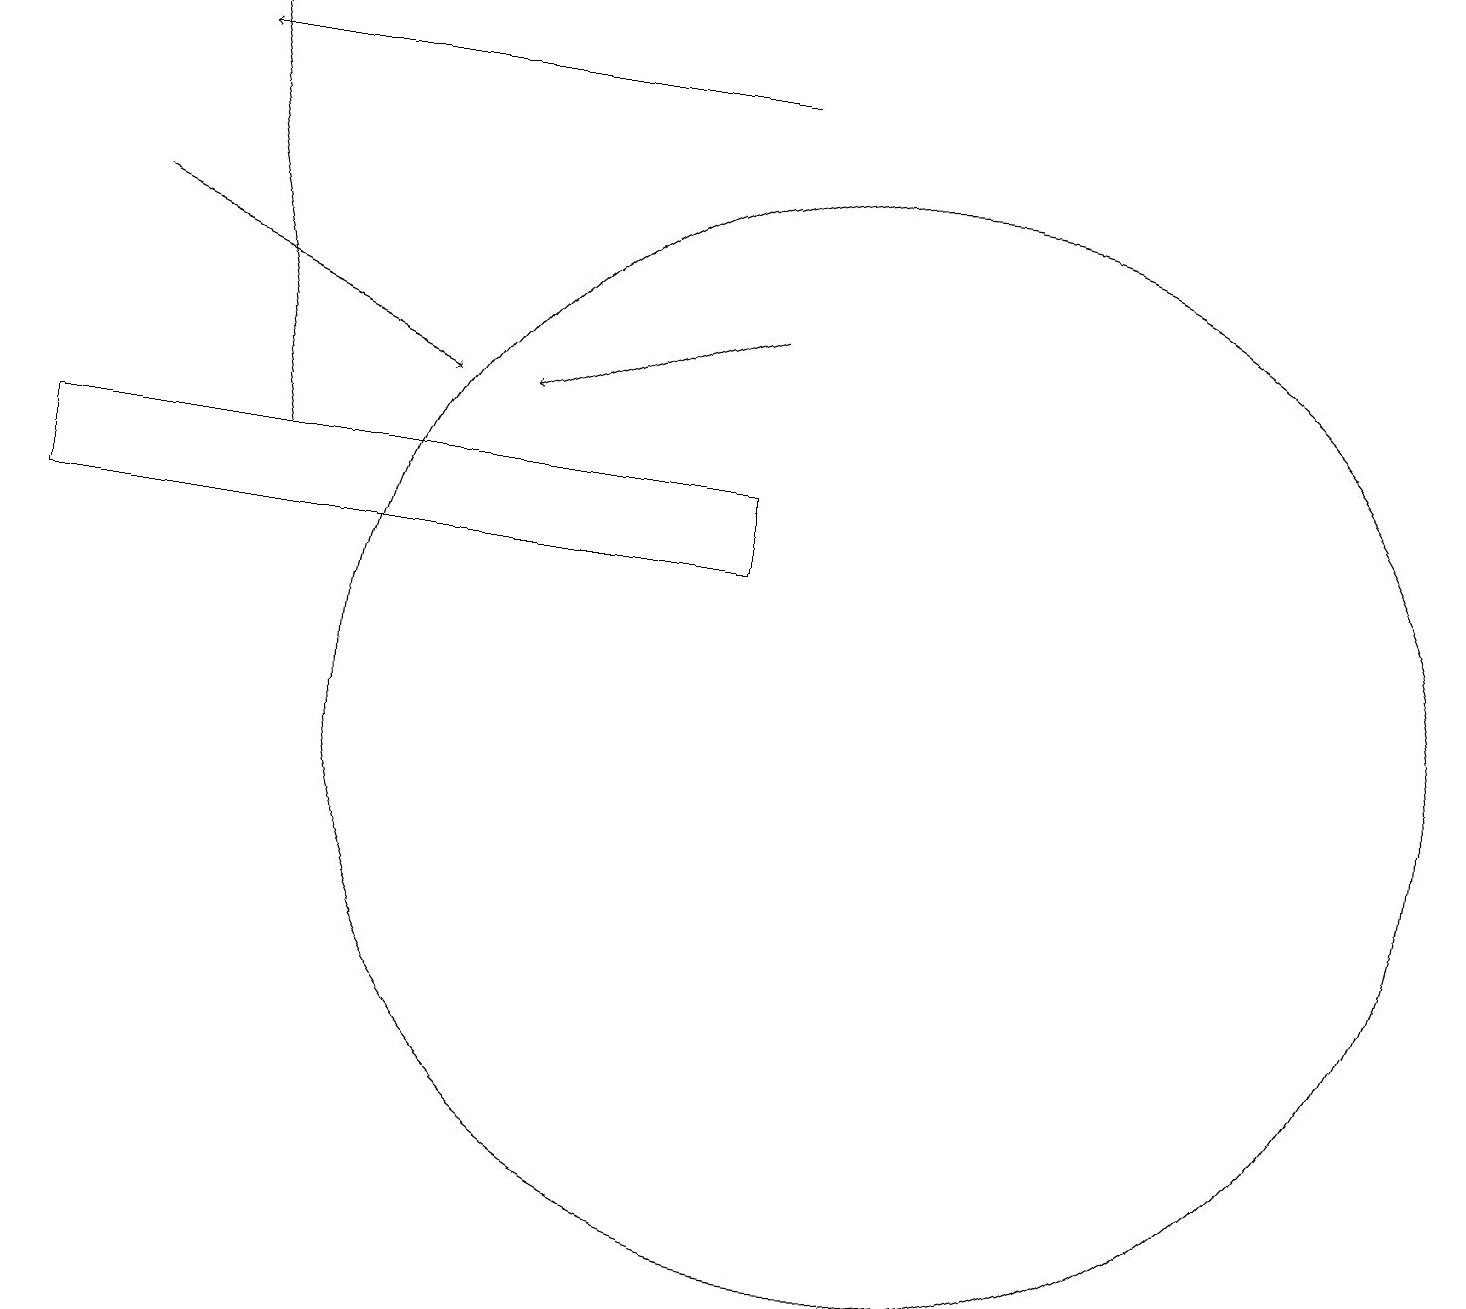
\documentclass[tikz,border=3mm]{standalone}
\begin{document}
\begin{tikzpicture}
\draw[->] (9,15) -- (6,14);
\draw[->] (3,13) -- (2,19);
\draw (11,10) circle (7);
\draw[->] (1,16) -- (5,14);
\draw[->] (9,18) -- (2,18);
\draw (9,12) rectangle (0,13);
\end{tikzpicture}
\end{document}